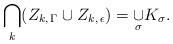
LaTeX: \begin{align*}\underset{k}{\bigcap}(Z_{k,\,\Gamma} \cup Z_{k,\,\epsilon})=\underset{\sigma}\cup K_\sigma.\end{align*}